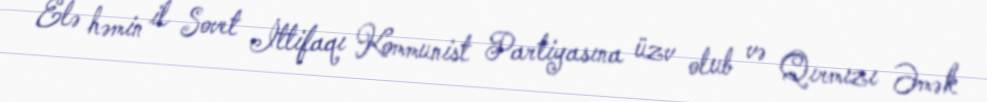
Elə həmin il Sovet İttifaqı Kommunist Partiyasına üzv olub və Qırmızı Əmək